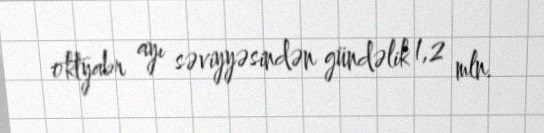
oktyabr ayı səviyyəsindən gündəlik 1,2 mln.